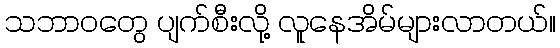
သဘာဝတွေ ပျက်စီးလို့ လူနေအိမ်များလာတယ်။